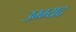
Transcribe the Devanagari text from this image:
उम्म्यद